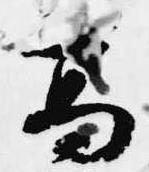
高